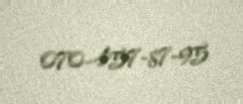
070-457-87-95